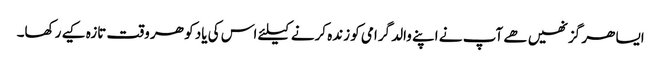
ایسا ھر گز نھیں ھے آپ نے اپنے والد گرامی کو زندہ کرنے کیلئے اس کی یاد کو ھر وقت تازہ کیے رکھا۔